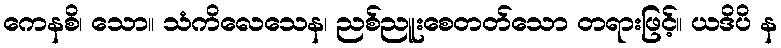
ကေနစိ၊ သော။ သံကိလေသေန၊ ညစ်ညူးစေတတ်သော တရားဖြင့်။ ယဒိပိ န